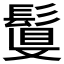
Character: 𩮉